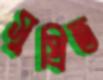
সুপ্রিত